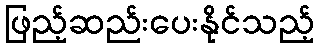
ဖြည့်ဆည်းပေးနိုင်သည့်